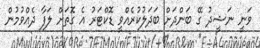
ވަނީ ނަޝީދު ގޭ ބަންދަށް ބަދަލުކުރެއްވީ ޑޮކްޓަރު އެ ގޮތަށް ލަފާ ދެއްވުމުން